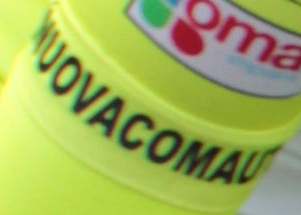
NUOVACOMAU